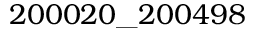
{ 2 0 0 0 2 0 } \_ { 2 0 0 4 9 8 }